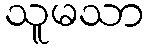
သူမသာ